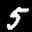
Label: 5